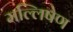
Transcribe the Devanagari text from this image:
मल्लिषेण